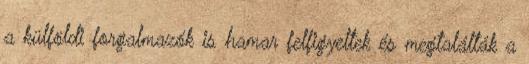
a külföldi forgalmazók is hamar felfigyeltek és megtalálták a